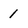
Character: 1